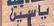
ياسي